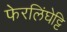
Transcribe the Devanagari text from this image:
फेरलिंघेट्टि